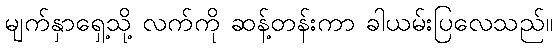
မျက်နှာရှေ့သို့ လက်ကို ဆန့်တန်းကာ ခါယမ်းပြလေသည်။